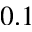
0 . 1